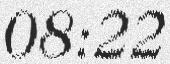
08:22